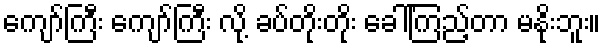
ကျော်ကြီး ကျော်ကြီး လို့ ခပ်တိုးတိုး ခေါ်ကြည့်တာ မနိုးဘူး။